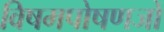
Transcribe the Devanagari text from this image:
विषमपोषणजों